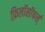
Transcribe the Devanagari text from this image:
फ़िलॉसॉफर्स्